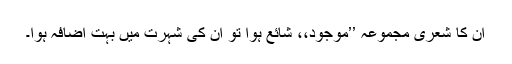
ان کا شعری مجموعہ ’’موجود،، شائع ہوا تو ان کی شہرت میں بہت اضافہ ہوا۔